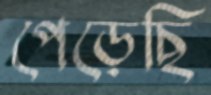
পেড়েছি